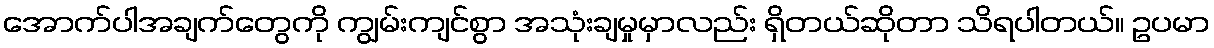
အောက်ပါအချက်တွေကို ကျွမ်းကျင်စွာ အသုံးချမှုမှာလည်း ရှိတယ်ဆိုတာ သိရပါတယ်။ ဥပမာ